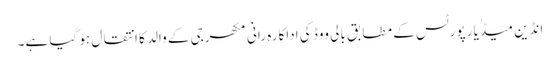
انڈین میڈٰیا رپورٹس کے مطابق بالی ووڈ کی اداکارہ رانی مکھرجی کے والد کا انتقال ہو گیا ہے۔